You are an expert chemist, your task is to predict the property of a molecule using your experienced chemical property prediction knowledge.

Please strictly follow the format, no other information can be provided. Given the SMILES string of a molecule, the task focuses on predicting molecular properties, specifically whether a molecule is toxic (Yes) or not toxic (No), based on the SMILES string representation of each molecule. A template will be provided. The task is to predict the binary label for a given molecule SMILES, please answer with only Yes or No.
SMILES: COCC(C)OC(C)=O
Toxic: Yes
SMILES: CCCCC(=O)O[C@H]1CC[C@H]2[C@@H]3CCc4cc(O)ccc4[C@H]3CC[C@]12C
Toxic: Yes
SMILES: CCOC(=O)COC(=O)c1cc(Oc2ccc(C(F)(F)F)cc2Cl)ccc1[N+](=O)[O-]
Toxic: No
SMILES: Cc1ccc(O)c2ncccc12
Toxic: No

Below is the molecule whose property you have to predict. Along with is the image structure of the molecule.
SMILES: C=CC[N@@+]12CC[C@@]34c5ccccc5N5C=C6[C@H]7C[C@H]8[C@@]9(CC[N@@+]8(CC=C)C/C7=C/CO)c7ccccc7N(C=C([C@@H](C[C@@H]31)/C(=C\CO)C2)[C@H]54)[C@@H]69
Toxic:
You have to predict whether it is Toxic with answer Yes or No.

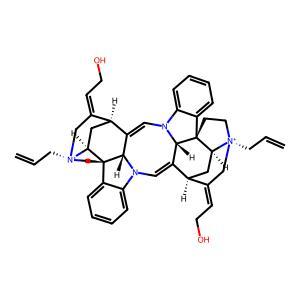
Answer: No